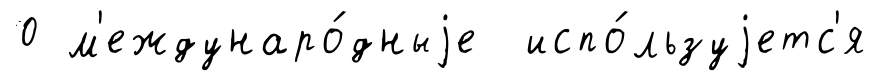
0 м'еждунаро́дныjе испо́льзуjетс'я